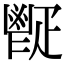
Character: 𩰠